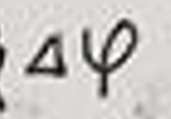
\(\Delta \psi\)